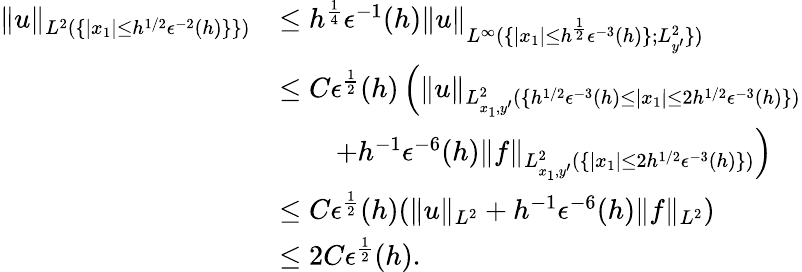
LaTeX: \begin{array}{rl}{\| u\| _{L^{2}(\{ |x_{1}|\leq h^{1/2}\epsilon^{-2}(h)\} \} )}}&{\leq h^{\frac{1}{4}}\epsilon^{-1}(h)\| u\| _{L^{\infty}(\{ |x_{1}|\leq h^{\frac{1}{2}}\epsilon^{-3}(h)\} ;L_{y^{\prime}}^{2}\} )}}\\ &{\leq C\epsilon^{\frac{1}{2}}(h)\left(\| u\| _{L_{x_{1},y^{\prime}}^{2}(\{ h^{1/2}\epsilon^{-3}(h)\leq|x_{1}|\leq 2h^{1/2}\epsilon^{-3}(h)\} )}\right.}\\ &{\qquad\left.+h^{-1}\epsilon^{-6}(h)\| f\| _{L_{x_{1},y^{\prime}}^{2}(\{ |x_{1}|\leq 2h^{1/2}\epsilon^{-3}(h)\} )}\right)}\\ &{\leq C\epsilon^{\frac{1}{2}}(h)(\| u\| _{L^{2}}+h^{-1}\epsilon^{-6}(h)\| f\| _{L^{2}})}\\ &{\leq 2C\epsilon^{\frac{1}{2}}(h).}\end{array}